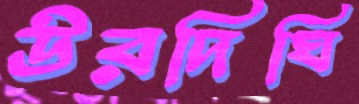
উরদিঘি